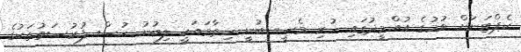
ކެޕްޓަނަށް ވުމުގެ އުއްމީދުގައި ހުރި މެސީ ބުނީ ހިތާމައަކީ ލިބުނު ހުސް ފުރުސަތުތަކުގެ